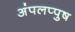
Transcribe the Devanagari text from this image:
अंपलप्पुष